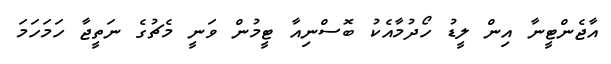
އާޖެންޓީނާ އިން ލީޑު ހޯދުމާއެކު ބޮސްނިއާ ޓީމުން ވަނީ މެޗުގެ ނަތީޖާ ހަމަހަމަ